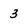
Character: 3